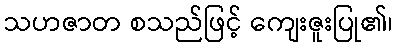
သဟဇာတ စသည်ဖြင့် ကျေးဇူးပြု၏၊